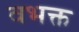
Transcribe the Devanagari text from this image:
वभक्त